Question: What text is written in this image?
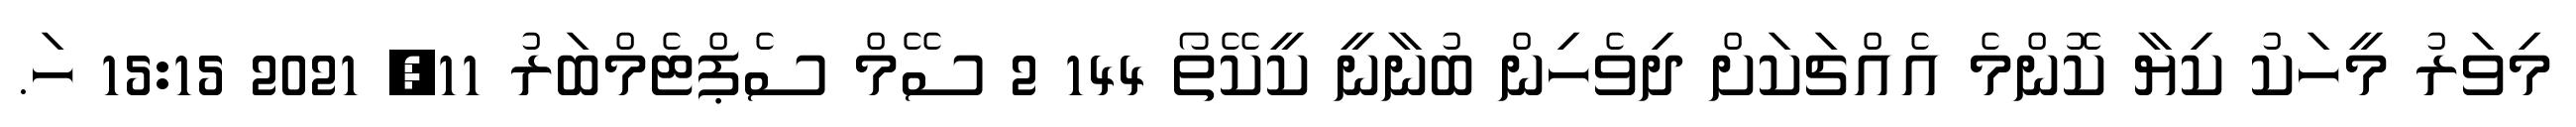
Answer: މިވަރު މީހަކު ކިޔާ ކޮންމެ އެއްޗަކަށް ދިވެހިން ބުނާނީ ކީކޭތޯ 144 2 ސޭމް ސެޕްޓެމްބަރު 11, 2021 15:15 ހަ.